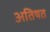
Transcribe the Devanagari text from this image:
अतिषत